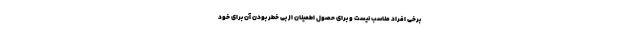
برخی افراد مناسب نیست و برای حصول اطمینان از بی خطر بودن آن برای خود